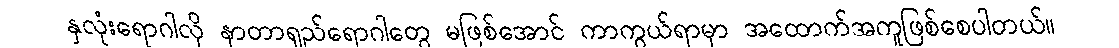
နှလုံးရောဂါလို နာတာရှည်ရောဂါတွေ မဖြစ်အောင် ကာကွယ်ရာမှာ အထောက်အကူဖြစ်စေပါတယ်။